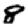
Digit: 8